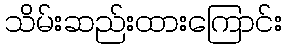
သိမ်းဆည်းထားကြောင်း